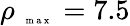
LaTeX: \rho_{\mathrm{~\tiny~{~m~a~x~}~}}=7.5